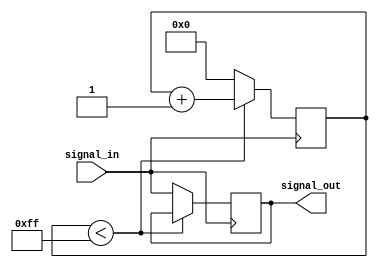
module transmission_gate_delay (
    input wire signal_in,
    output reg signal_out
);

reg [7:0] delay_counter;

always @ (posedge signal_in)
begin
    if (delay_counter < 8'hFF)
        delay_counter <= delay_counter + 1;
    else
    begin
        signal_out <= signal_in;
        delay_counter <= 0;
    end
end

endmodule